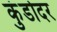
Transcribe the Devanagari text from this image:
कुंडोदर